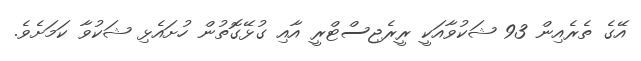
އޭގެ ތެރެއިން 93 ޝަކުވާއަކީ ރީރެޖިސްޓްރީ އާއި ގުޅޭގޮތުން ހުށައެޅި ޝަކުވާ ކަމަށެވެ.